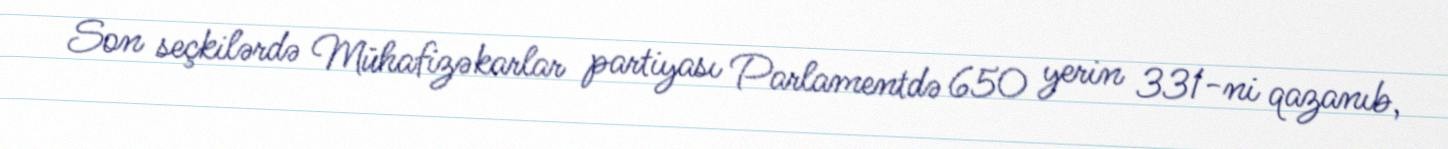
Son seçkilərdə Mühafizəkarlar partiyası Parlamentdə 650 yerin 331-ni qazanıb,